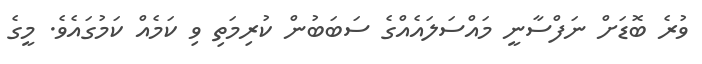
ވުރެ ބޮޑަށް ނަފްސާނީ މައްސަލައެއްގެ ސަބަބުން ކުރިމަތި ވި ކަމެއް ކަމުގައެވެ. މީގެ